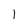
Character: l